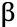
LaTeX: \upbeta